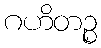
ဂဟိတဉ္စ